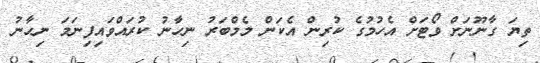
ތިޔަ ގާނޫނަށް ވޯޓަށް އެހުމުގެ ކުރިން އެކަން މެމްބަރު ނިހާނު ކުރައްވައިފިނަމަ ނިހާނު